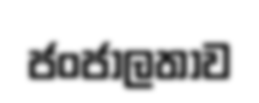
ජංජාලතාව